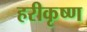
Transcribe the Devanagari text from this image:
हरीकृष्ण